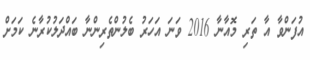
އުފަންވާ އާ ތަރި މޮއާނާ 2016 ވަނަ އަހަރު ބެލުންތެރިންނާ ބައްދަލުކުރާނެ ކަމަށް